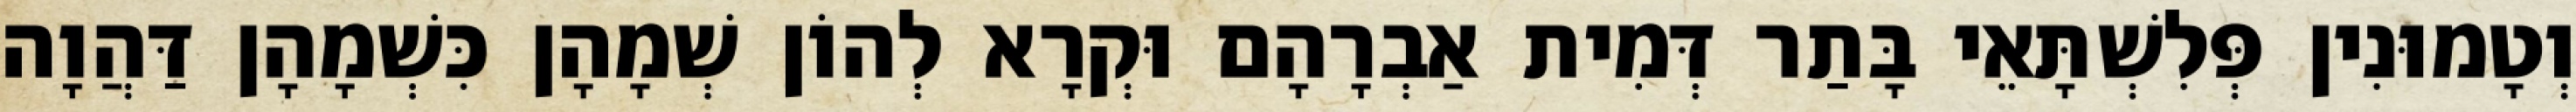
וְטָמוּנִין פְּלִשְׁתָּאֵי בָּתַר דְּמִית אַבְרָהָם וּקְרָא לְהוֹן שְׁמָהָן כִּשְׁמָהָן דַּהֲוָה